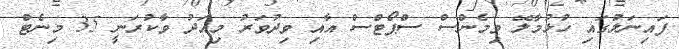
ފައިނަލުގައި ހުޅުމާލޭ ވިމެންސް ސްޕޯޓްސް އާއި ވިދުވަރު މިއަދު ވާކުރަނީ 35 މިނެޓް